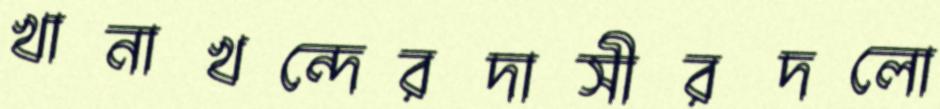
খানাখন্দেরদাসীরদলো